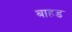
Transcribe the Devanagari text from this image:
बाहड